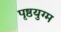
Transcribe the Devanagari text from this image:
पृष्ठयुग्म